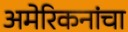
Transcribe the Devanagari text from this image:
अमेरिकनांचा